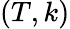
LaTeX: (T,k)